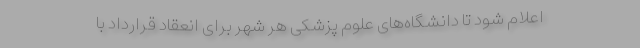
اعلام شود تا دانشگاه‌های علوم پزشکی هر شهر برای انعقاد قرارداد با